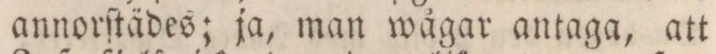
annorſtädes; ja, man wågar antaga, att